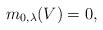
LaTeX: \begin{align*}m_{0,\lambda}(V) = 0,\end{align*}